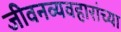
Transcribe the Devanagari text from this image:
जीवनव्यवहारांच्या